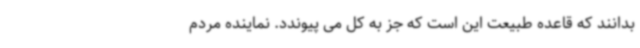
بدانند که قاعده طبیعت این است که جز به کل می‌ پیوندد. نماینده مردم